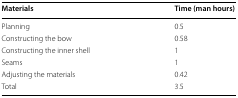
| Materials | Time (man hours) |
 | --- | --- |
 | Planning | 0.5 |
 | Constructing the bow | 0.58 |
 | Constructing the inner shell | 1 |
 | Seams | 1 |
 | Adjusting the materials | 0.42 |
 | Total | 3.5 |